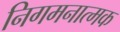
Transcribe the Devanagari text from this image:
निगमनात्‍मक